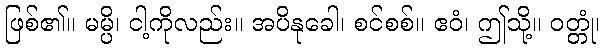
ဖြစ်၏။ မမ္ပိ၊ ငါ့ကိုလည်း။ အပိနုခေါ၊ စင်စစ်။ ဧဝံ၊ ဤသို့။ ဝတ္တုံ၊